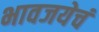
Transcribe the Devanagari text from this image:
भावजयेचं